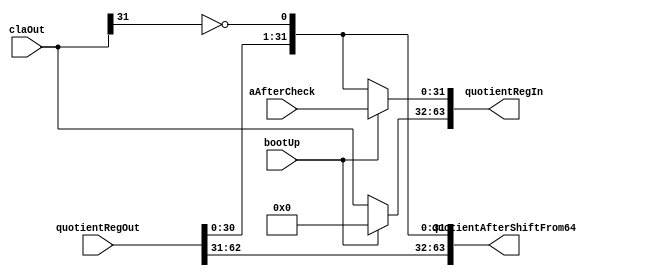
module controlQuotient(quotientAfterShiftFrom64, quotientRegIn, quotientRegOut, claOut, bootUp, aAfterCheck);
    input [63:0] quotientRegOut;
    input [31:0] aAfterCheck, claOut;
    input bootUp;
    output [63:0] quotientAfterShiftFrom64, quotientRegIn;

    assign quotientAfterShiftFrom64[63:1] = quotientRegOut[62:0];
    assign quotientAfterShiftFrom64[0] = ~claOut[31];
    assign quotientRegIn[63:32] = bootUp ? 32'b00000000000000000000000000000000 : claOut;
    assign quotientRegIn[31:0] = bootUp ? aAfterCheck : quotientAfterShiftFrom64[31:0];


endmodule